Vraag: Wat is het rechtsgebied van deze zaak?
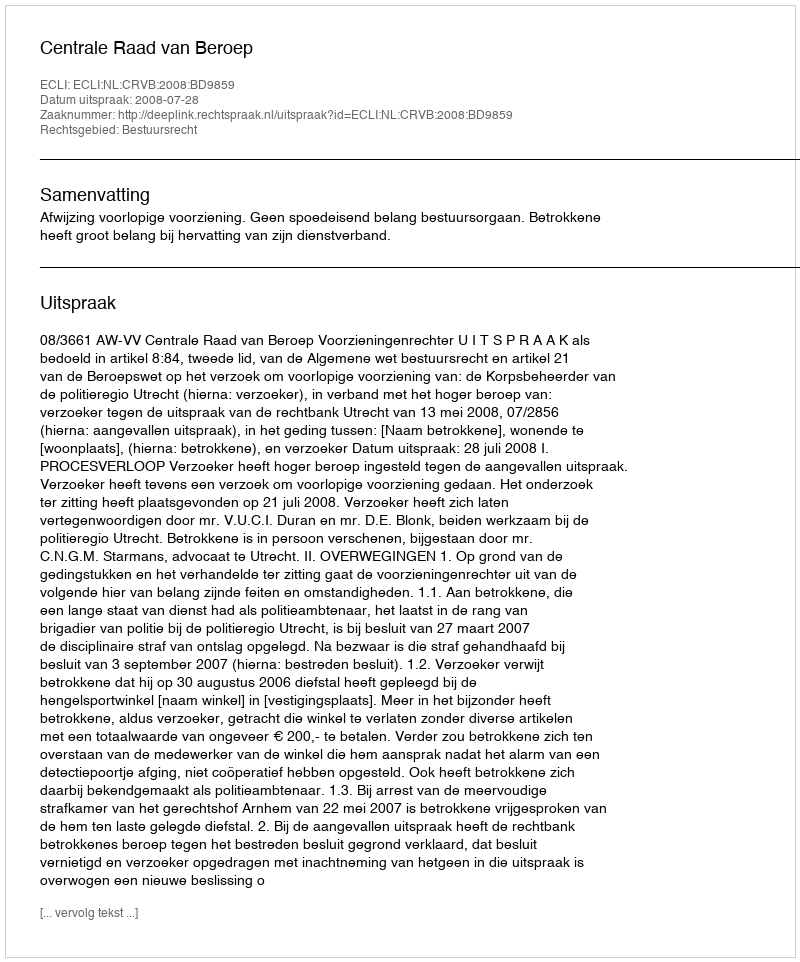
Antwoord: Bestuursrecht